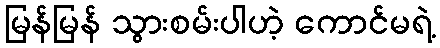
မြန်မြန် သွားစမ်းပါဟဲ့ ကောင်မရဲ့